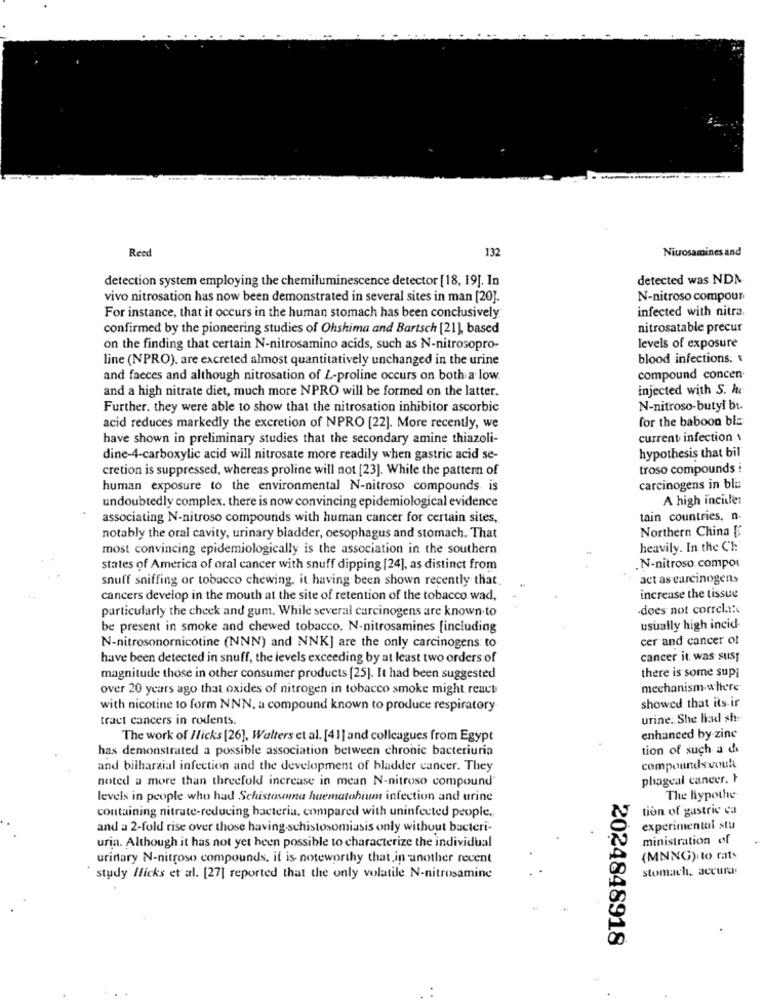
-
132
Nitrosamines and
Reed
detection system employing the chemiluminescence detector [18, 19]. In
detected was NDN
vivo nitrosation has now been demonstrated in several sites in man [20].
N-nitroso compour
infected with nitra
For instance, that it occurs in the human stomach has been conclusively
confirmed by the pioneering studies of Ohshima and Bartsch [21], based
nitrosatable precur
on the finding that certain N-nitrosamino acids, such as N-nitrosopro-
levels of exposure
line (NPRO). are excreted almost quantitatively unchanged in the urine
blood infections.
and faeces and although nitrosation of L-proline occurs on both a low.
compound concen
and a high nitrate diet, much more NPRO will be formed on the latter.
injected with S. hc
Further. they were able to show that the nitrosation inhibitor ascorbic
N-nitroso-butyl bt.
for the baboon bis
acid reduces markedly the excretion of NPRO [22]. More recently, we
have shown in preliminary studies that the secondary amine thiazoli-
current infection \
hypothesis that bil
dine-4-carboxylic acid will nitrosate more readily when gastric acid se-
cretion is suppressed, whereas proline will not [23]. While the pattern of
troso compounds i
human exposure to the environmental N-nitroso compounds is
carcinogens in ble
A high inciiler
undoubtedly complex. there is now convincing epidemiological evidence
associating N-nitroso compounds with human cancer for certain sites,
tain countries, n.
Northern China [
notably the oral cavity, urinary bladder, oesophagus and stomach. That
most convincing epidemiologically is the association in the southern
heavily. In the Ch'
states of America of oral cancer with snuff dipping [24], as distinct from
.N-nitroso compor
snuff sniffing or tobacco chewing, it having been shown recently that
act as carcinogen.
cancers develop in the mouth at the site of retention of the tobacco wad,
increase the tissue
particularly the check and gum. While several carcinogens are known to
.does not correla !!
be present in smoke and chewed tobacco, N-nitrosamines [including
usually high incid-
cer and cancer of
N-nitrosonornicotine (NNN) and NNK] are the only carcinogens to
have been detected in snuff, the levels exceeding by at least two orders of
cancer it was susp
there is some supi
magnitude those in other consumer products [25]. It had been suggested
over 20 years ago that oxides of nitrogen in tobacco smoke might react
mechanism- where"
showed that its ir
with nicotine to form NNN, a compound known to produce respiratory
tract cancers in rodents.
urine. She had sh
The work of Hicks [26], Walters et al. [41] and colleagues from Egypt
enhanced by zinc
has demonstrated a possible association between chronic bacteriuria
tion of such a de
and bilharzial infection and the development of bladder cancer. They
compounds voult
noted a more than threefold increase in mean N-nitroso compound'
phageal cancer. }
levels in people who had Schistosoma haematohium infection and urine
The hypothe
containing nitrate-reducing bacteria, compared with uninfected people.
tion of gastric ca
and a 2-fold rise over those having .schistosomiasis only without bacteri-
experimental stu
uria. Although it has not yet been possible to characterize the individual
ministration of
urinary N-nitroso compounds, it is noteworthy that in another recent
(MNNG). to rats
stomach, accura!
study Hicks et al. [27] reported that the only volatile N-nitrosamine
2024848918